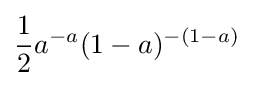
{\frac {1}{2}}a^{-a}(1-a)^{-(1-a)}